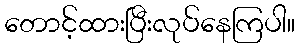
တောင့်ထားပြီးလုပ်နေကြပါ။